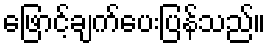
ဖြောင့်ချက်ပေးပြန်သည်။